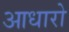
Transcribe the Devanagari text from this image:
आधारो